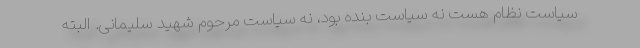
سیاست نظام هست نه سیاست بنده بود، نه سیاست مرحوم شهید سلیمانی. البته